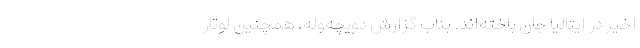
اخیر در ایتالیا جان باخته‌اند. بناب گزارش دویچه‌وله، همچنین لوتار